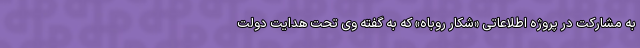
به مشارکت در پروژه اطلاعاتی «شکار روباه» که به گفته وی تحت هدایت دولت